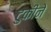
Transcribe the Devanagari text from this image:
टुकीने